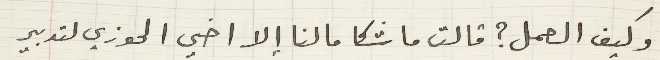
وكيف العمل؟ قالت ماشكا ما لنا إلا اخي الحوزي لتدبير